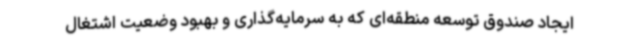
ایجاد صندوق توسعه‌ منطقه‌ای که به سرمایه‌گذاری و بهبود وضعیت اشتغال